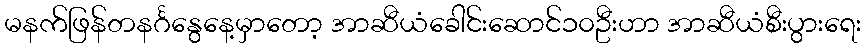
မနက်ဖြန်တနင်္ဂနွေနေ့မှာတော့ အာဆီယံခေါင်းဆောင်၁၀ဦးဟာ အာဆီယံစီးပွားရေး